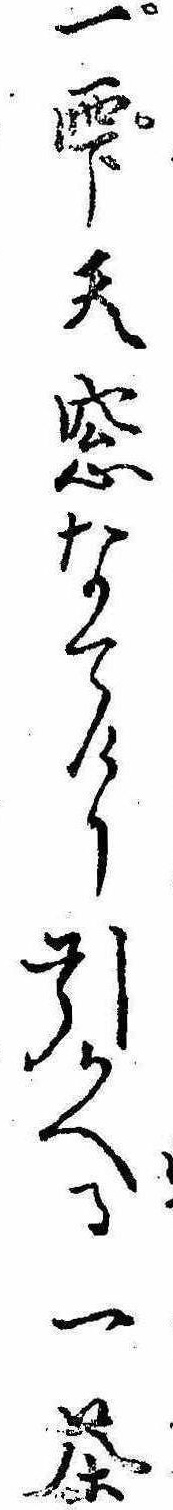
一雫天窓なてけり引かへる一茶